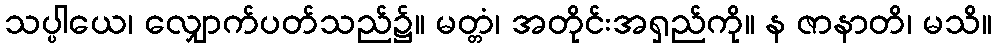
သပ္ပါယေ၊ လျှောက်ပတ်သည်၌။ မတ္တံ၊ အတိုင်းအရှည်ကို။ န ဇာနာတိ၊ မသိ။